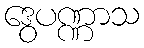
ဒွေပဏ္ဏာသ